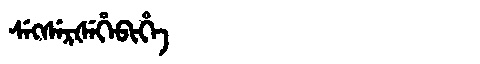
Manchu: ᠰᡝᡴᠰᡝᡵᡧᡝᡥᡝᠪᡳᡥᡝ
Romanization: SEKSERŠEHEBIHE